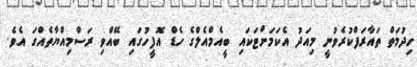
ހިދުމަތް ތައާރަފްކުރެވުނީ މިއަދު އެކަމަށްޓަކައި ބީއެމްއެލްގެ ހެޑް އޮފީހުގައި ބޭއްވި ރަސްމިއްޔާތެއްގަ އެވެ.